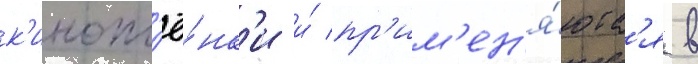
к'инопл'ё́нк'и и́ пр'им'ен'я́ютс'я в